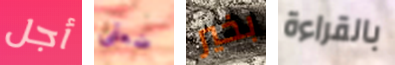
أجل ضعفي بخير بالقراءة